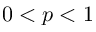
0 < p < 1